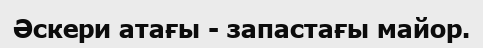
Әскери атағы - запастағы майор.